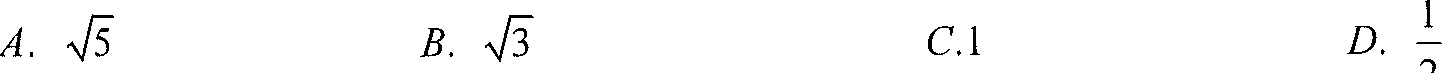
A. \(\sqrt{5}\)  B. \(\sqrt{3}\)  C.1  D. \(\frac{1}{2}\)